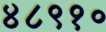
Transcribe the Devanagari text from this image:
४८९१०